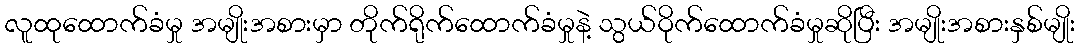
လူထုထောက်ခံမှု အမျိုးအစားမှာ တိုက်ရိုက်ထောက်ခံမှုနဲ့ သွယ်ဝိုက်ထောက်ခံမှုဆိုပြီး အမျိုးအစားနှစ်မျိုး